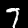
Digit: 7